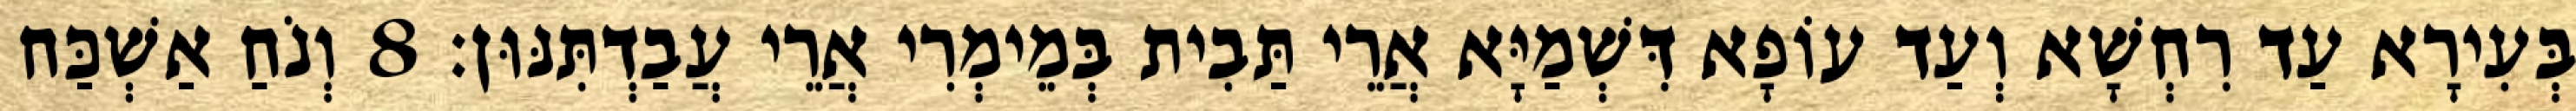
בְּעִירָא עַד רִחְשָׁא וְעַד עוֹפָא דִּשְׁמַיָּא אֲרֵי תַּבִית בְּמֵימְרִי אֲרֵי עֲבַדְתִּנּוּן׃ 8 וְנֹחַ אַשְׁכַּח